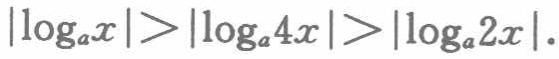
\(\vert\log_{a}x\vert>\vert\log_{a}4x\vert>\vert\log_{a}2x\vert\)